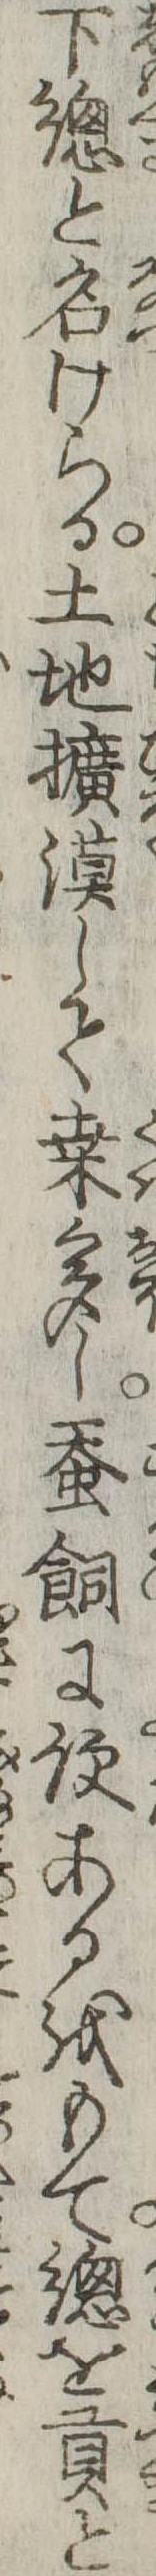
下総と名けらる土地擴漠して桑多し蚕飼に便あるをもて総を貢と